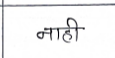
मजकूर: नाही